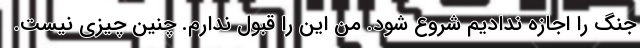
جنگ را اجازه ندادیم شروع شود. من این را قبول ندارم. چنین چیزی نیست.